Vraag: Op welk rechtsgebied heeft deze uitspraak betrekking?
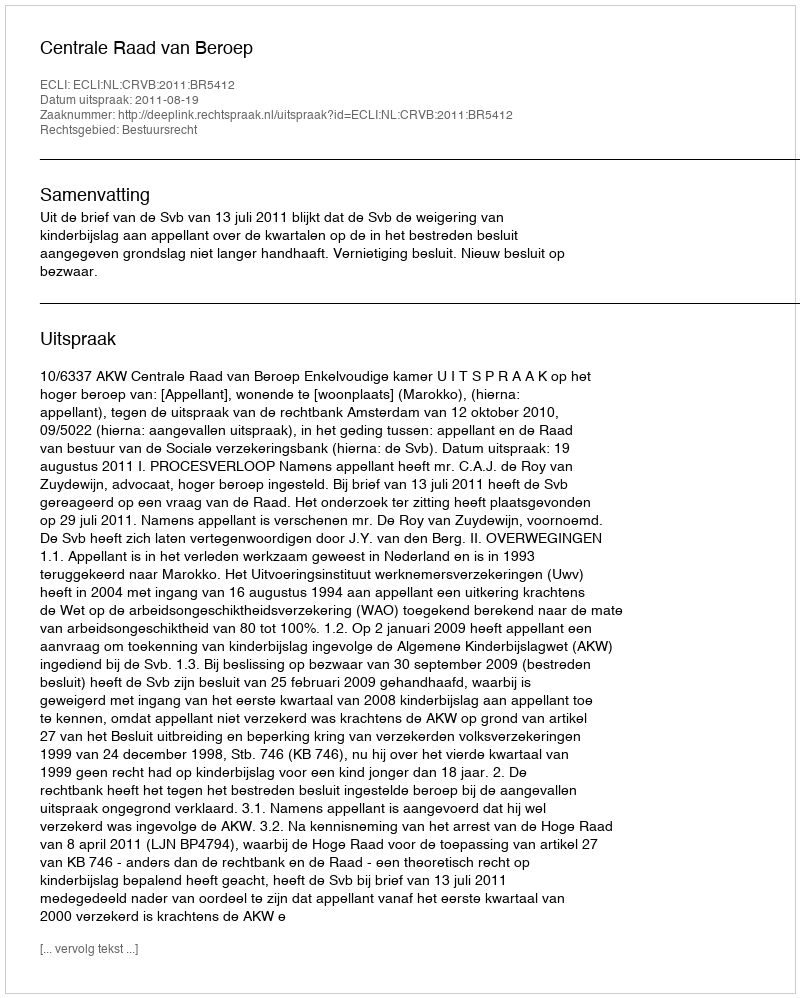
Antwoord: Bestuursrecht